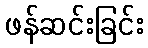
ဖန်ဆင်းခြင်း